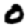
Digit: 0